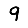
Digit: 9